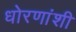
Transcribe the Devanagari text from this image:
धोरणांशी